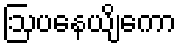
ဩပနေယျိကော